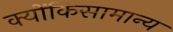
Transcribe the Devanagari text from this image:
क्योंकिसामान्य